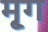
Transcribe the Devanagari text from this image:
मृ्ग